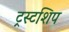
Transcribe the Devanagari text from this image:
ट्रस्टशिप